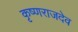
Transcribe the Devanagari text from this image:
कृष्णराजदेव